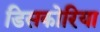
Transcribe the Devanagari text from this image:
डिसकोरिया